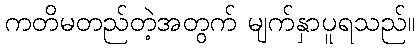
ကတိမတည်တဲ့အတွက် မျက်နှာပူရသည်။